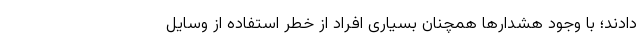
دادند؛ با وجود هشدارها همچنان بسیاری افراد از خطر استفاده از وسایل